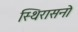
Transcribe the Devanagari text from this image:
स्थिरासनो